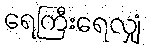
ရေကြီးရေလျှံ